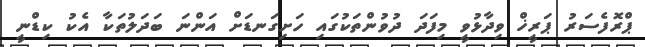
ޕްރޮފެސަރު ޕަރީޚް ވިދާޅުވީ މިފަދަ ދުވުންތަކުގައި ހަށިގަނޑަށް އަންނަ ބަދަލުތަކާ އެކު ކިޑްނީ